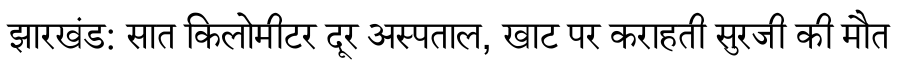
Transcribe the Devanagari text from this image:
झारखंड: सात किलोमीटर दूर अस्पताल, खाट पर कराहती सुरजी की मौत